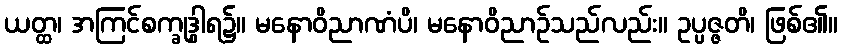
ယတ္ထ၊ အကြင်စက္ခုဒွါရ၌။ မနောဝိညာဏံပိ၊ မနောဝိညာဉ်သည်လည်း။ ဥပ္ပဇ္ဇတိ၊ ဖြစ်၏။